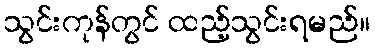
သွင်းကုန်တွင် ထည့်သွင်းရမည်။